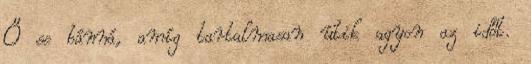
Ő se bánná, amíg tartalmasan ütik agyon az időt.